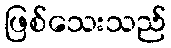
ဖြစ်သေးသည်